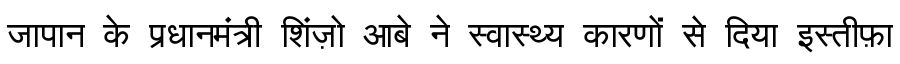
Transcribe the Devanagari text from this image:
जापान के प्रधानमंत्री शिंज़ो आबे ने स्वास्थ्य कारणों से दिया इस्तीफ़ा